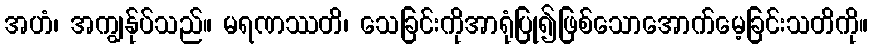
အဟံ၊ အကျွန်ုပ်သည်။ မရဏဿတိ၊ သေခြင်းကိုအာရုံပြု၍ဖြစ်သောအောက်မေ့ခြင်းသတိကို။